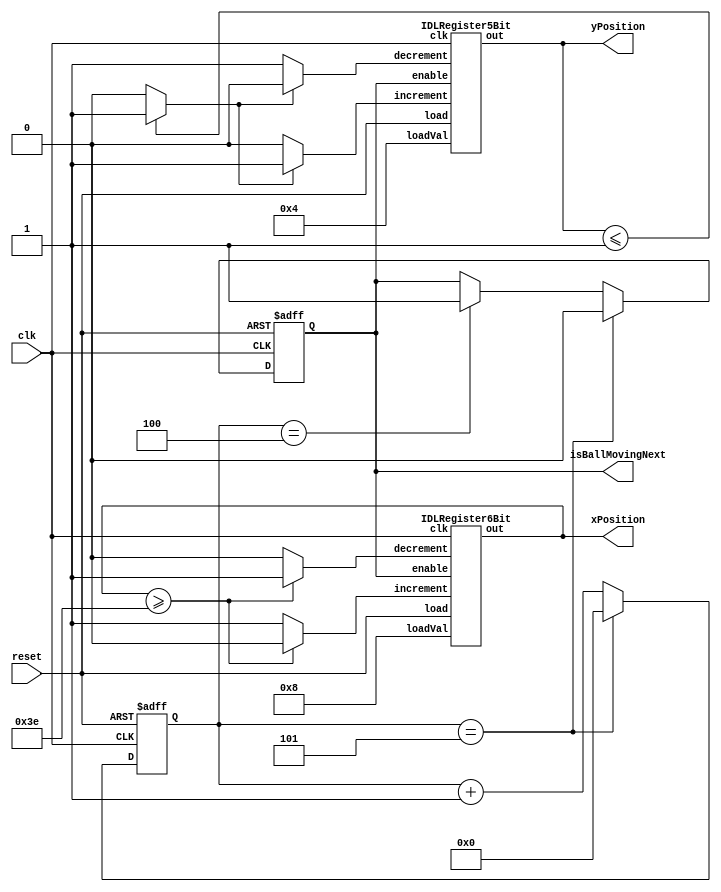
module ball(clk, reset, xPosition, yPosition, isBallMovingNext);
	
	// Clock signal
	input clk;
	
	// Reset signal
	input reset;
	
	// The horizontal and vertical positions of the ball
	output [5:0] xPosition;
	output [4:0] yPosition;
	
	// Output signal that determines whether the ball is going to move or not
	output reg isBallMovingNext;
	
	// Counter that controls the speed of the ball
	reg [3:0] speed;
	reg [18:0] time_counter;
  
  // Ball direction signals
	reg isMovingRight;
	reg  isMovingDown;
	
	// Wires that control the increment and decrement signals for the coordinate registers
	reg incrementX;
	reg incrementY;		
	reg decrementX;
	reg decrementY;
	
	// Store speed
	integer k;
  
  // Store clock reset times
  localparam BALL_SLOWEST_SPEED = 19'd5, BALL_MOVE_STAGE = 19'd4;
	
  // Check collision detection
  always @(*)
  begin
    
    if (reset == 1'b0)
    begin
      isMovingRight <= 1'b0;
			isMovingDown <= 1'b1;
					
			incrementX <= 1'b0;
			incrementY <= 1'b0;
			decrementX <= 1'b0;
			decrementY <= 1'b0;
    end
  
    begin
    // If the ball is ricocheting off the top wall
		if (yPosition <= 5'b00001)
      isMovingDown = 1'b1;
									
		// If the ball is ricocheting off the bottom wall
		else if (yPosition >= 5'b11110)
			isMovingDown = 1'b0;
				
		// If the ball is ricocheting off the left wall
		if (xPosition == 6'b000001)
      isMovingRight = 1'b1;
				
		// If the ball is ricocheting off the right wall
		if (xPosition >= 6'b111110)
			isMovingRight = 1'b0;
    end
      
    // Move the balls in the right positions
		if (isMovingRight == 1'b1)
    begin
      incrementX = 1'b1;
      decrementX = 1'b0;
    end
				
    else
    begin
      decrementX = 1'b1;
      incrementX = 1'b0;
		end
        
		if (isMovingDown == 1'b1)
      begin
        incrementY = 1'b1;
        decrementY = 1'b0;
      end
        
    else
    begin
				decrementY = 1'b1;
        incrementY = 1'b0;
    end
  end
  
	// Control the moving of the ball
	always @(posedge clk, negedge reset)
	begin
		// If the reset signal is on
		if (reset == 1'b0)
		begin
				
			// Reset all variable values
			speed <= 4'b0001;
			time_counter <= 19'b0000000000000000000;
			
			isBallMovingNext <= 1'b0;
		end
		
		else
		begin
			// Handle moving the ball
			if (time_counter == BALL_SLOWEST_SPEED)
      begin
        isBallMovingNext <= 1'b0;
				
        // Reset the timer
				time_counter <= 19'b0000000000000000000;
							
				// Increase the speed by one
				//speed <= speed + 4'b0001;
			end
      
      else if (time_counter == BALL_MOVE_STAGE)
      begin
				isBallMovingNext <= 1'b1;

        time_counter <= time_counter + 19'b1;
      end
      
      else
      begin
        // Move the time counter up
        //k = speed;
        time_counter = time_counter + 19'b1;
      end
		end
  end
				
	// 5 bit Increment-Decrement-Load register for the y coordinates of the ball
	IDLRegister5Bit yPositionRegister(
		.clk(clk),
		.increment(incrementY),
		.decrement(decrementY),
		.load(reset),
		.loadVal(5'b00100),
		.out(yPosition),
    .enable(isBallMovingNext)
	);
	
	// 6 bit Increment-Decrement-Load register for the x coordinates of the ball
	IDLRegister6Bit xPositionRegister(
		.clk(clk),
		.increment(incrementX),
		.decrement(decrementX),
		.load(reset),
		.loadVal(6'b001000),
		.out(xPosition),
    .enable(isBallMovingNext)
	);
	
endmodule

module IDLRegister5Bit(clk, enable, increment, decrement, load, loadVal, out);

	// Clock signal
	input clk;
	
  // Enable increment or decrement signal
  input enable;
  
	// Increment and Decrement signals
	input increment;
	input decrement;
	
	// Load signal
	input load;
	
	// Load Value ( Used for resetting to default)
	input [4:0] loadVal;
	
	// Data stored in the register
	output reg [4:0] out;
	
	// Add or subtract 1 to the stored data based on the signals
	always @(posedge clk, negedge load)
	begin
		if (load == 1'b0)
		begin
			out = loadVal;
		end
		
		else
		begin
      if (enable == 1'b1)
      begin
        if (increment == 1'b1)
          out <= out + 5'b00001;
        else if (decrement == 1'b1)
          out <= out + 5'b11111;
      end
    end
  end
endmodule

module IDLRegister6Bit(clk, enable, increment, decrement, load, loadVal, out);

	// Clock signal
	input clk;
	
	// Increment and Decrement signals
	input increment;
	input decrement;
  
  // Enable signal for incrementing/decrementing
  input enable;
	
	// Load signal
	input load;
	
	// Load Value ( Used for resetting to default)
	input [5:0] loadVal;
	
	// Data stored in the register
	output reg [5:0] out;
	
	// Add or subtract 1 to the stored data based on the signals
	always @(posedge clk, negedge load)
	begin
		if (load == 1'b0)
		begin
			out <= loadVal;
		end
		
		else
		begin
      if (enable == 1'b1)
      begin
        if (increment == 1'b1)
          out <= out + 6'b000001;
        else if (decrement == 1'b1)
          out <= out + 6'b111111;
      end
    end
	end
endmodule